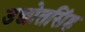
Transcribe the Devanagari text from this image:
उद्योतसिंह